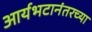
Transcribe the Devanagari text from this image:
आर्यभटानंतरच्या